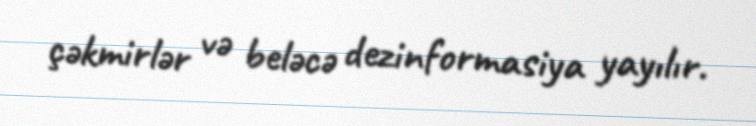
çəkmirlər və beləcə dezinformasiya yayılır.